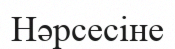
Нәрсесіне